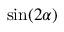
\sin ( 2 \alpha )